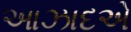
આઝાદએ